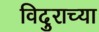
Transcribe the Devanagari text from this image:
विदुराच्या